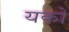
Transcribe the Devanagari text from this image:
यको